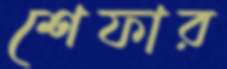
শেফার